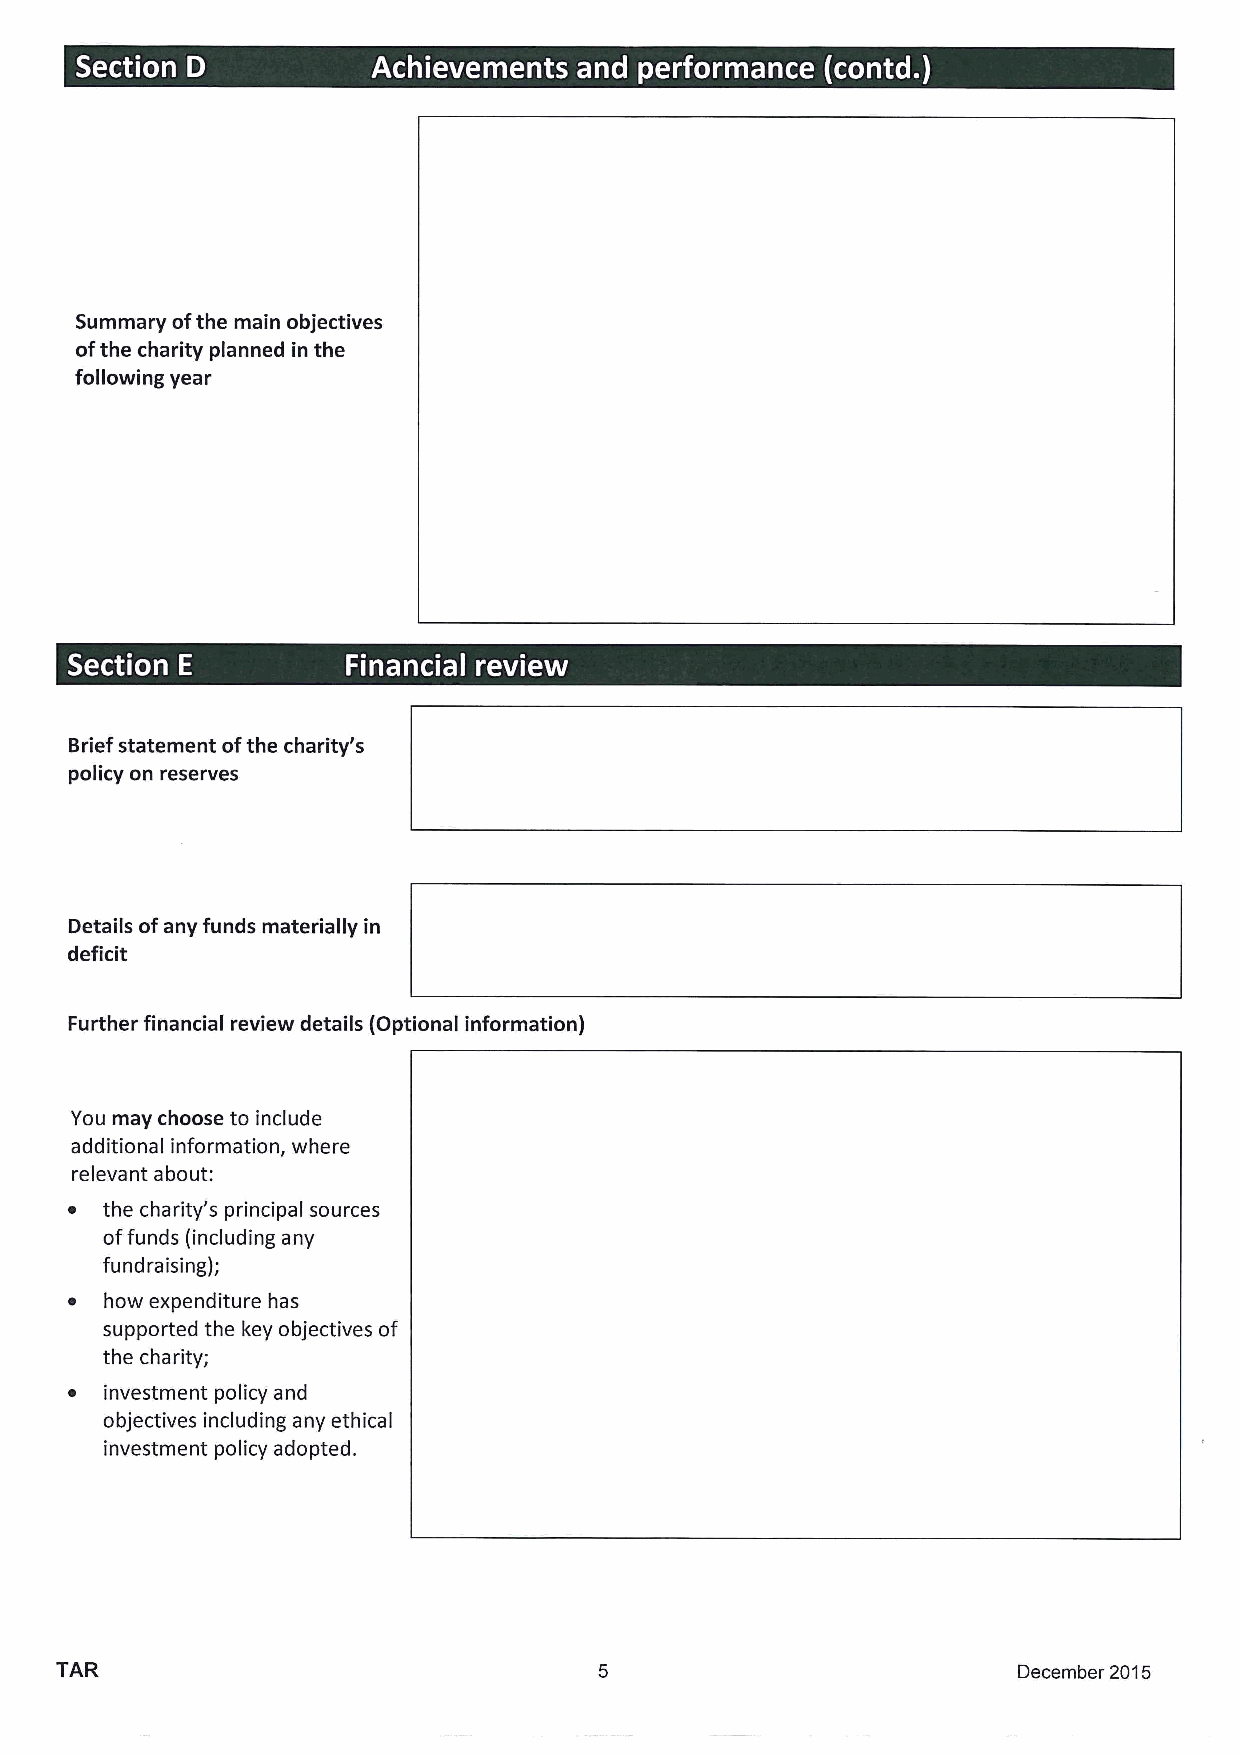
~  ~                        ~  ~ ~  ~   e     ~   ~
 Summary ofthe main objectives
 ofthe charity planned in the
 following year
 Briefstatement ofthe charity's
 policy on reserves
 Details ofany funds materially in
 deficit
 Further financial review details (Optional information)
 You may choose to include
 additional information, where
 relevant about:
 ~  the charity's principal sources
 offunds (including any
 fundraising);
 ~  how expenditure has
 supported the key objectives of
 the charity;
 ~  investment policy and
 objectives including any ethical
 investment policy adopted.
 TAR                                                            December 2015